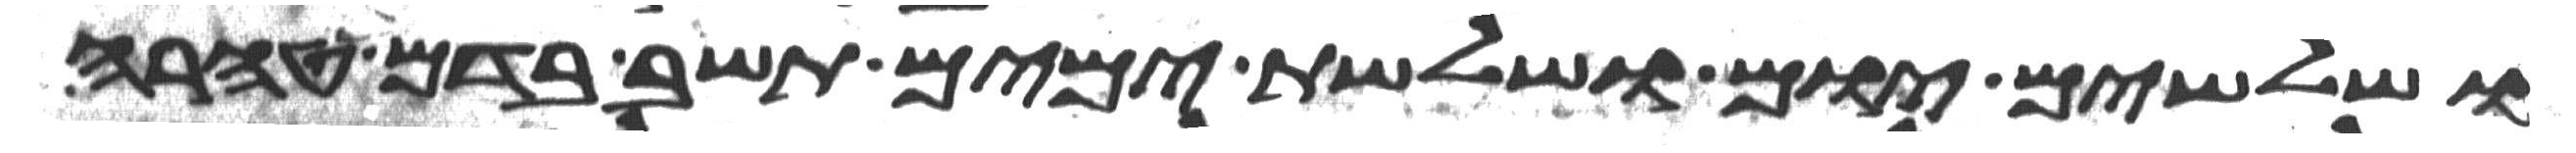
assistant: ושלשים יום ושלשת ימים תשב בדם טהרה